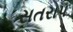
સતરાપ